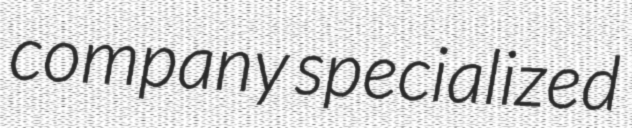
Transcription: company specialized